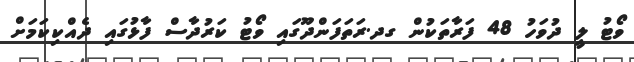
ވޯޓު ލީ ދުވަހު 48 ފަރާތަކުން ގދ.ރަތަފަންދޫގައި ވޯޓު ކަރުދާސް ފާޅުގައި ދެއްކިކަމަށް